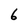
Character: 6